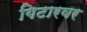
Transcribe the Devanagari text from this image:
गिटारवर